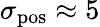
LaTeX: \sigma_{\mathrm{pos}}\approx 5